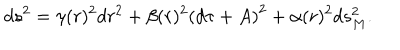
LaTeX: d s ^ { 2 } = \gamma ( r ) ^ { 2 } d r ^ { 2 } + \beta ( r ) ^ { 2 } \left( d \tau + A \right) ^ { 2 } + \alpha ( r ) ^ { 2 } { d s _ { M } ^ { 2 } } .